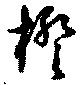
橙